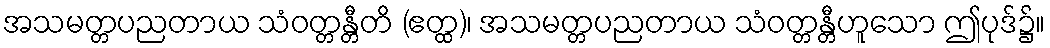
အသမတ္တပညတာယ သံဝတ္တန္တီတိ (ဧတ္ထ)၊ အသမတ္တပညတာယ သံဝတ္တန္တီဟူသော ဤပုဒ်၌။